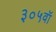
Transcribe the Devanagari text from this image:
३०५वॉ